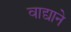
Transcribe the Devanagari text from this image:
वाद्याने